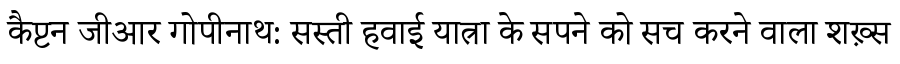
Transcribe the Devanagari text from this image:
कैप्टन जीआर गोपीनाथ: सस्ती हवाई यात्रा के सपने को सच करने वाला शख़्स